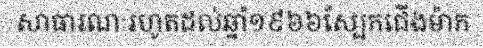
សាធារណៈរហូតដល់ឆ្នាំ១៩៦៦ស្បែកជើងម៉ាក